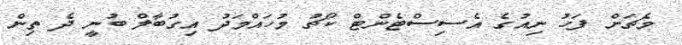
މެޗަށް ފަހު ނިއުގެ އެސިސްޓެންޓް ކޯޗު މުހައްމަދު އިގުބާލް ބުނީ ދެ ތިން